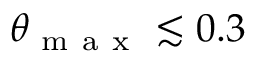
\theta _ { \mathrm { ~ m ~ a ~ x ~ } } \lesssim 0 . 3